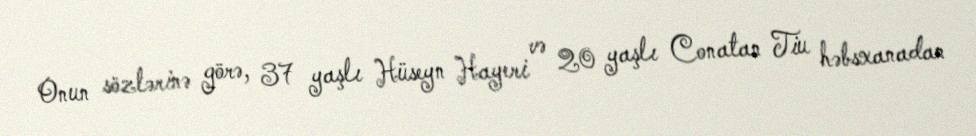
Onun sözlərinə görə, 37 yaşlı Hüseyn Hayeri və 20 yaşlı Conatan Tiu həbsxanadan